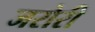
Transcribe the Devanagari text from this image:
जरोरी